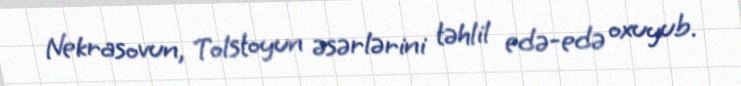
Nekrasovun, Tolstoyun əsərlərini təhlil edə-edə oxuyub.